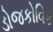
ડોજકોવિક